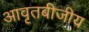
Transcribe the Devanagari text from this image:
आवृतबीजीय